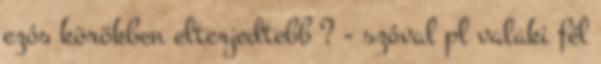
ezós körökben elterjedtebb ? - szóval pl valaki fél